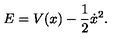
E = V ( x ) - \frac { 1 } { 2 } \dot { x } ^ { 2 } .